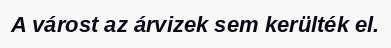
A várost az árvizek sem kerülték el.